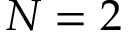
N = 2